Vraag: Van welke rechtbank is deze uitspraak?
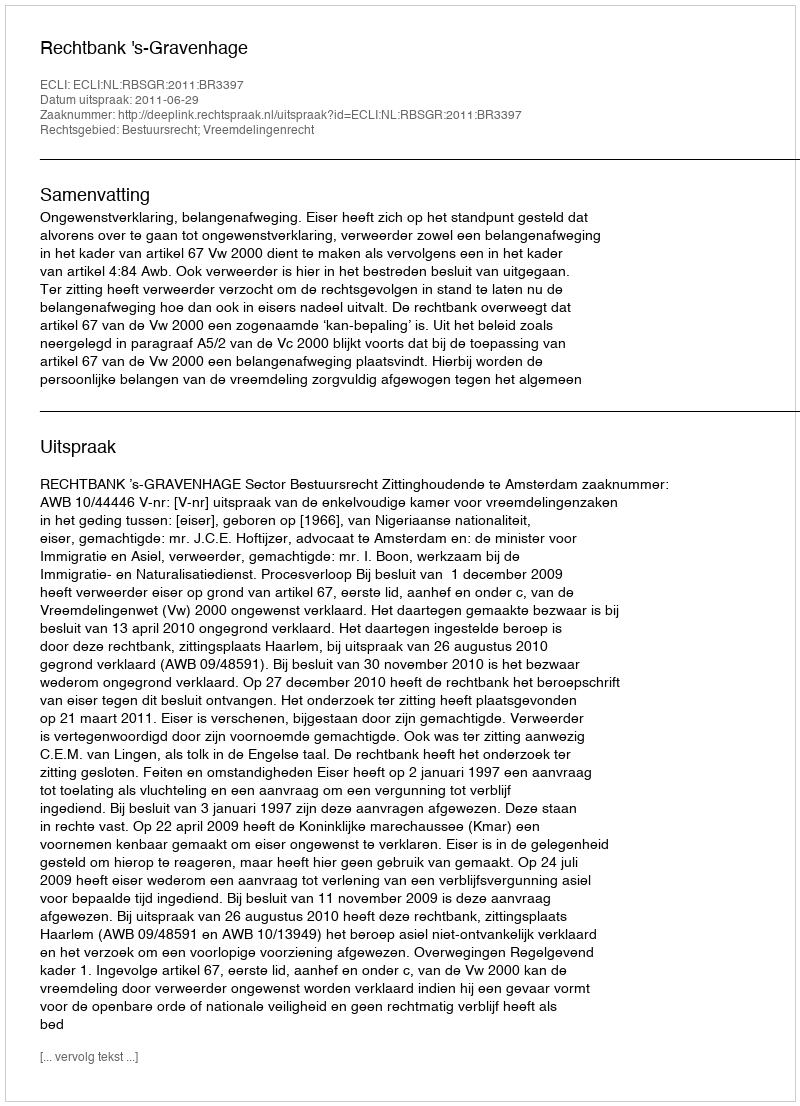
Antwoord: Rechtbank 's-Gravenhage